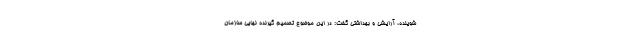
شوینده، آرایشی و بهداشتی گفت: در این موضوع تصمیم گیرنده نهایی سازمان